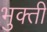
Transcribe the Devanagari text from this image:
भुक्ती